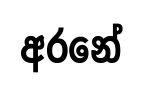
අරනේ